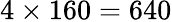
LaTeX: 4\times 160=640